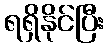
ရရှိနိုင်ပြီး